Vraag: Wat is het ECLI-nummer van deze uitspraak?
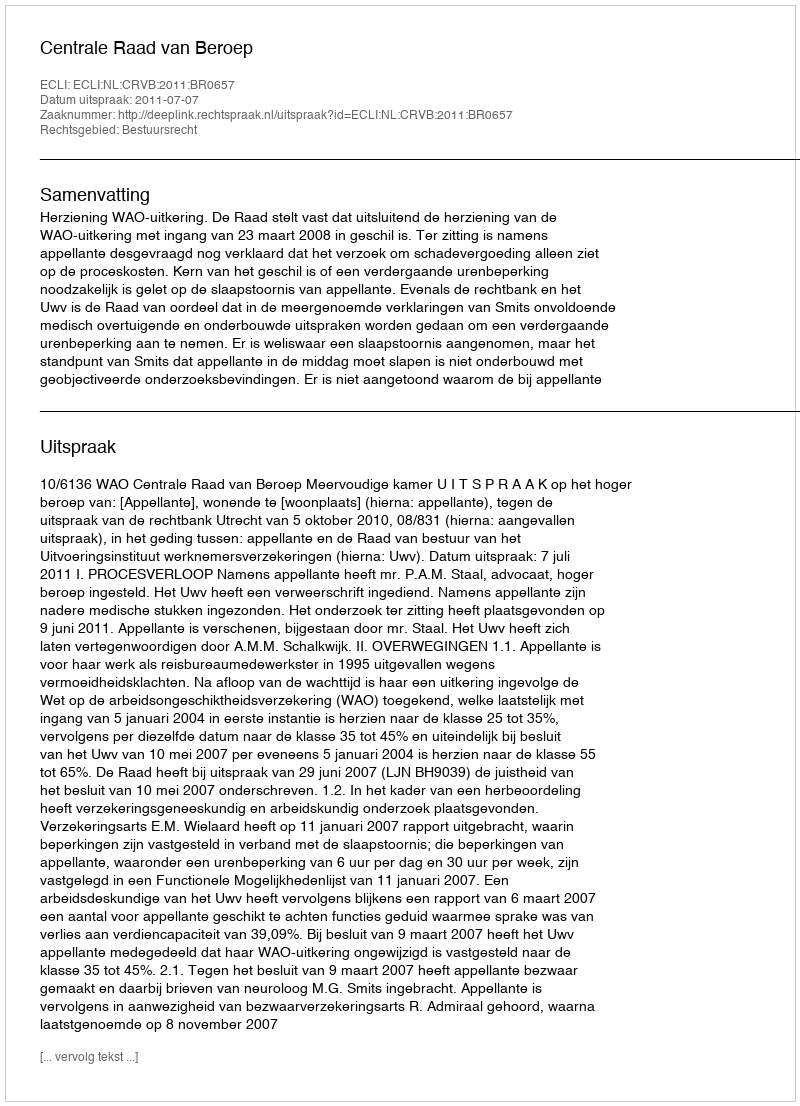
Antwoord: ECLI:NL:CRVB:2011:BR0657